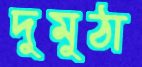
দুমুঠা